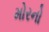
મોરનો